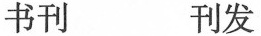
书刊 刊发